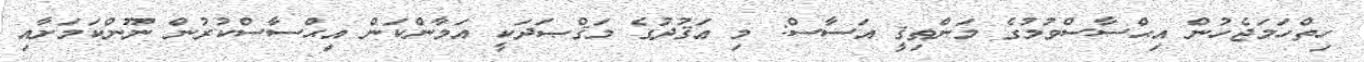
ހިތްހަމަޖެހުން އިޙްސާސްވުމުގެ މަންޠިޤީ އަސާސް: މި ޢަޤުދުގެ މަޤްޞަދަކީ އަމާންކަން އިޙްސާސްކުރުން ނޫންކަމަށާއި